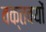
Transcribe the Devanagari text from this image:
वक्तवयों